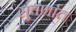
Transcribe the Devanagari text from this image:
सुवर्णात